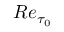
R e _ { \tau _ { 0 } }